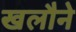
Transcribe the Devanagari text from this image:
खलौने